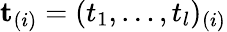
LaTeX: \mathbf{t}_{(i)}=(t_{1},\dots,t_{l})_{(i)}